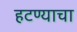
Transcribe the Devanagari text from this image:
हटण्याचा